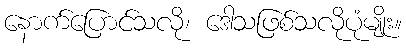
နောက်ပြောင်သလို၊ ဒေါသဖြစ်သလိုပုံမျိုး။